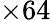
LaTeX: \times 64